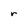
Character: r